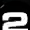
Digit: 2